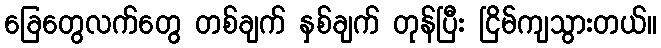
ခြေတွေလက်တွေ တစ်ချက် နှစ်ချက် တုန်ပြီး ငြိမ်ကျသွားတယ်။